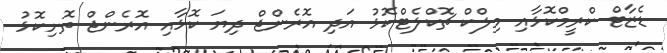
ޑެޒާޓް ކްރީމްކޮޅާއި މިލްކް ޗޮކްލެޓްކޮޅު އަދި އޮރެންޖް ދިޔަ ކޮޅާއި އޮރެންޖް ތޮށިކޮޅު